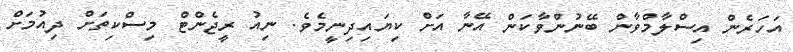
އަހަރެން އިސްލާމްވާން ބޭނުންވާކަން އޭނާ އަށް ކިޔައިދިނީމެވެ. ނިއު ރީޖެންޓް މިސްކިތަށް ދިއުމަށް